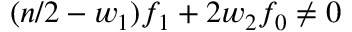
( n / 2 - w _ { 1 } ) f _ { 1 } + 2 w _ { 2 } f _ { 0 } \ne 0